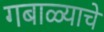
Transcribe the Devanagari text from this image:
गबाळ्याचे